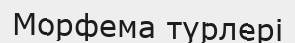
Морфема түрлері